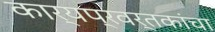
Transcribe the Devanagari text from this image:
कार्यप्रवर्तकांचा